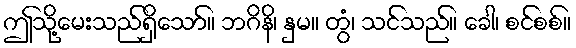
ဤသို့မေးသည်ရှိသော်။ ဘဂိနိ၊ နှမ။ တွံ၊ သင်သည်။ ခေါ၊ စင်စစ်။